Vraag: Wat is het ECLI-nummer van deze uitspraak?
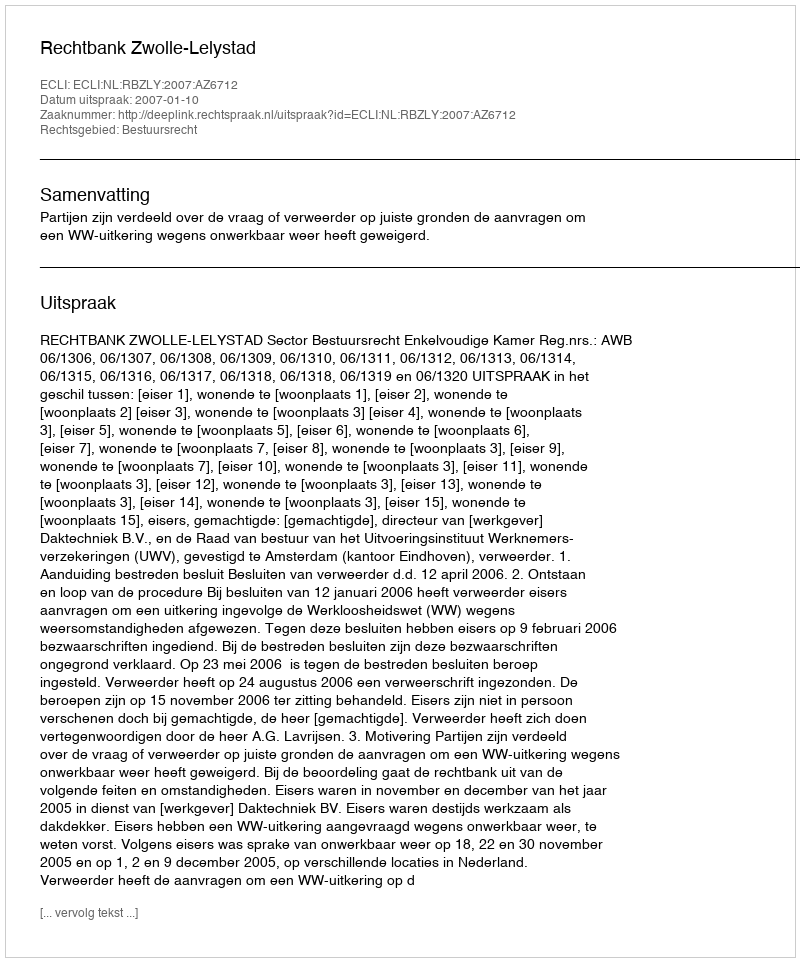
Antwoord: ECLI:NL:RBZLY:2007:AZ6712